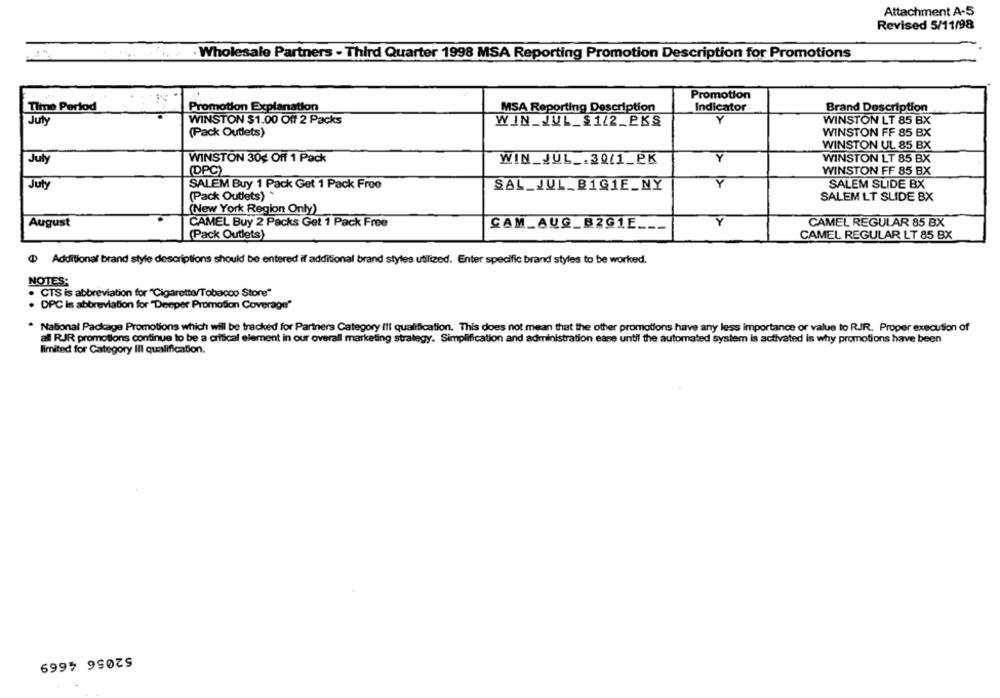
Attachment A-5
Revised 5/11/98
· Wholesale Partners - Third Quarter 1998 MSA Reporting Promotion Description for Promotions
Promotion
Time Period
Promotion Explanation
MSA Reporting Description
Indicator
Brand Description
July
WINSTON $1.00 Off 2 Packs
WINSTON LT 85 BX
(Pack Outlets)
WINSTON FF 85 BX
WINSTON UL 85 BX
July
WINSTON 30g Off 1 Pack
WIN_JUL _. 30/1_PK
Y
WINSTON LT 85 BX
(DPC)
WINSTON FF 85 BX
July
SALEM Buy 1 Pack Get 1 Pack Free
SAL_JUL_B1G1E_NY
Y
SALEM SLIDE BX
(Pack Outlets) *
SALEM LT SLIDE BX
(New York Region Only)
August
CAMEL Buy 2 Packs Get 1 Pack Free
Y
CAMEL REGULAR 85 BX
CAM_AUG_B2G1E ___
(Pack Outlets)
CAMEL REGULAR LT 85 BX
@ Additional brand style descriptions should be entered if additional brand styles utilized. Enter specific brand styles to be worked.
NOTES:
. CTS is abbreviation for "Cigarette/Tobacco Store"
. DPC Is abbreviation for "Deeper Promotion Coverage"
National Package Promotions which will be tracked for Partners Category Ill qualification. This does not mean that the other promotions have any less importance or value to RJR. Proper execution of
al RJR promotions continue to be a critical element in our overall marketing strategy. Simplification and administration ease until the automated system is activated is why promotions have been
limited for Category III qualification.
52056 4669